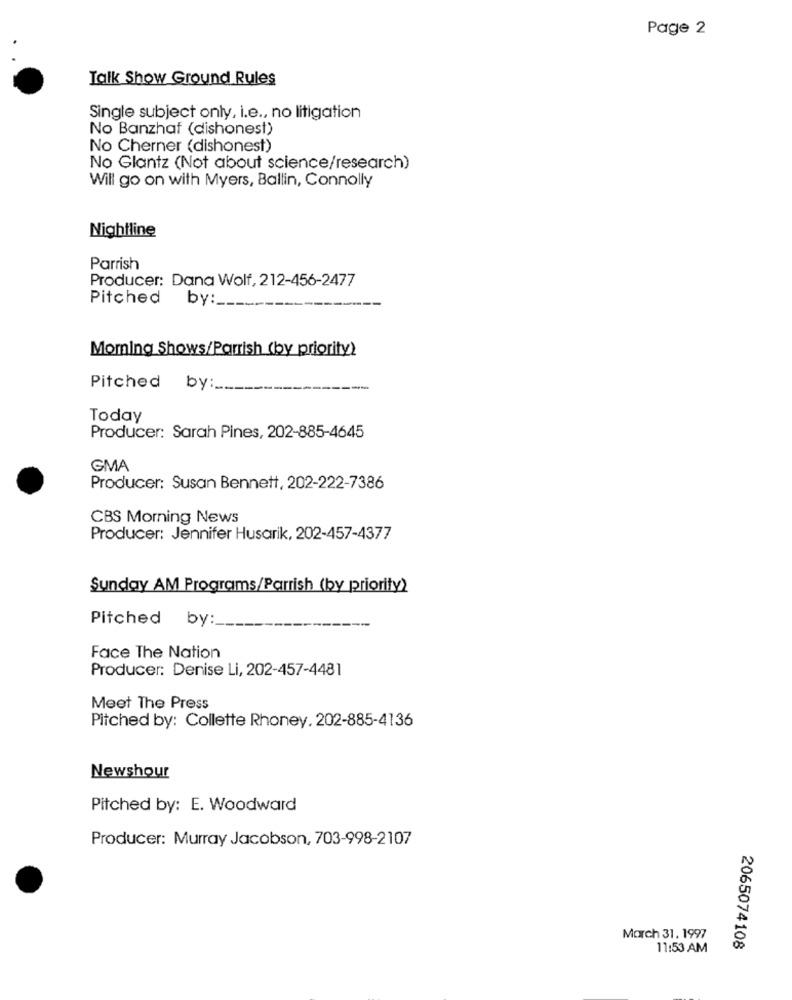
Page 2
Talk Show Ground Rules
Single subject only, i.e ., no litigation
No Banzhat (dishonest)
No Cherner (dishonest)
No Glantz (Not about science/research)
Will go on with Myers, Ballin, Connolly
Nightline
Parrish
Producer: Dana Wolf, 212-456-2477
Pitched
by:
Moming Shows/Parrish (by priority)
Pitched by:
Today
Producer: Sarah Pines, 202-885-4645
GMA
Producer: Susan Bennett, 202-222-7386
CBS Morning News
Producer: Jennifer Husarik, 202-457-4377
Sunday AM Programs/Parrish (by priority)
Pitched by :_
Face The Nation
Producer: Denise Li, 202-457-4481
Meet The Press
Pitched by: Collette Rhoney. 202-885-4136
Newshour
Pitched by: E. Woodward
Producer: Murray Jacobson, 703-998-2107
March 31. 1997
11:53 AM
2065074108